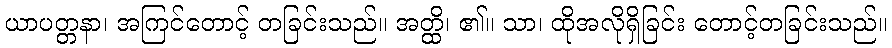
ယာပတ္တနာ၊ အကြင်တောင့် တခြင်းသည်။ အတ္ထိ၊ ၏။ သာ၊ ထိုအလိုရှိခြင်း တောင့်တခြင်းသည်။